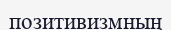
позитивизмның